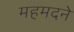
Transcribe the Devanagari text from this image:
महमदने